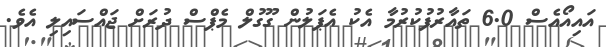
އައިއޯއެސް 6.0 ތައާރުފުކުރުމާ އެކު އެޕަލުން ގޫގުލް މެޕްސް ދުރަށް ޖައްސައިލި އެވެ.